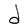
Character: d